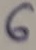
Text: 6